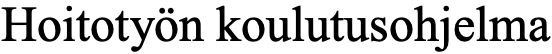
Hoitotyön koulutusohjelma